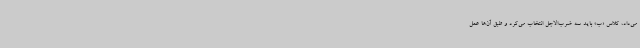
می‌داد، کلاس «ب» باید سه ضرب‌الاجل انتخاب می‌کرد و طبق آن‌ها عمل